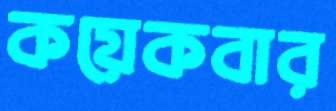
কয়েকবার